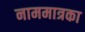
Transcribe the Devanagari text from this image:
नाममात्रका